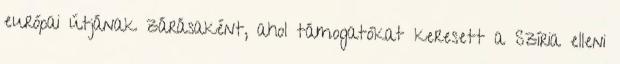
európai útjának zárásaként, ahol támogatókat keresett a Szíria elleni